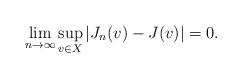
LaTeX: \begin{align*} \lim_{n \to \infty} \sup_{v \in X} \vert J_n(v) - J(v) \vert =0. \end{align*}